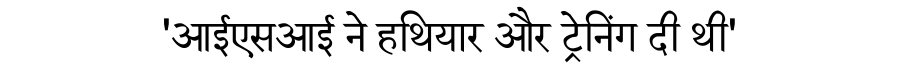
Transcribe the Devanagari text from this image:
'आईएसआई ने हथियार और ट्रेनिंग दी थी'